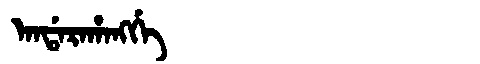
Manchu: ᠠᠨᡩᠠᡵᠠᡥᠠᠩᡤᡝ
Romanization: ANDARAHANGGE